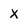
Character: X